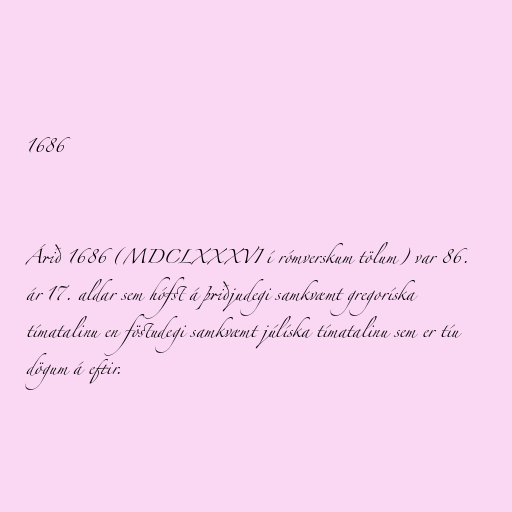
1686

Árið 1686 (MDCLXXXVI í rómverskum tölum) var 86.
ár 17. aldar sem hófst á þriðjudegi samkvæmt gregoríska
tímatalinu en föstudegi samkvæmt júlíska tímatalinu sem er tíu
dögum á eftir.